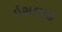
ઇસલાહ